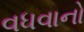
વધવાનો